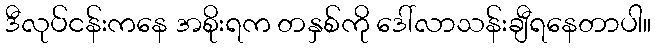
ဒီလုပ်ငန်းကနေ အစိုးရက တနှစ်ကို ဒေါ်လာသန်းချီရနေတာပါ။